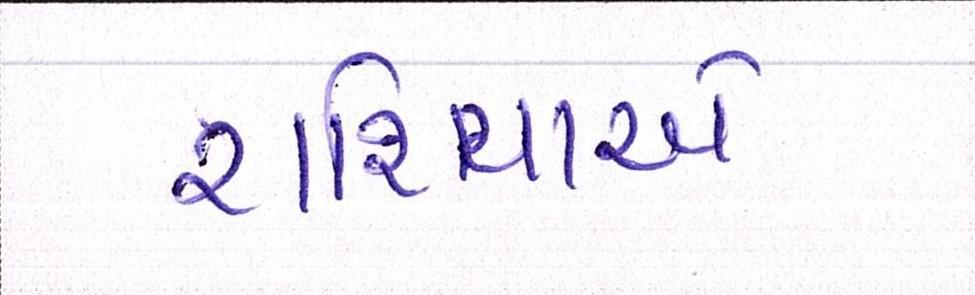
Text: રશિયાએ